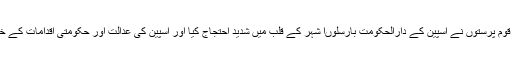
جمعے کے روز ہزاروں کاتلین قوم پرستوں نے اسپین کے دارالحکومت بارسلوںا شہر کے قلب میں شدید احتجاج کیا اور اسپین کی عدالت اور حکومتی اقدامات کے خلاف شدید نعرے بازی کی گئی۔